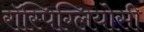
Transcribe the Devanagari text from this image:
रॉस्पिग्लियोसी